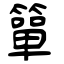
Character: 簞